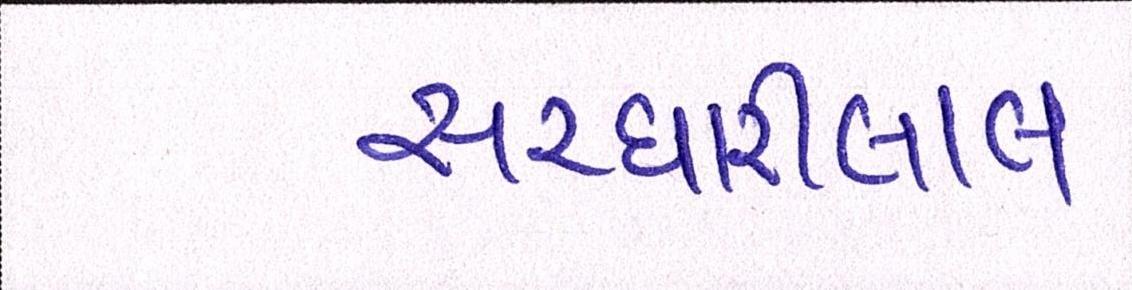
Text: સરધારીલાલ